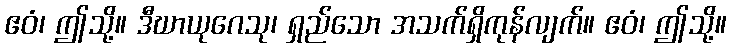
ဧဝံ၊ ဤသို့။ ဒီဃာယုဂေသု၊ ရှည်သော အသက်ရှိကုန်လျက်။ ဧဝံ၊ ဤသို့။